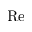
\mathrm { R e }